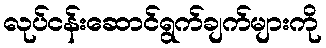
လုပ်ငန်းဆောင်ရွက်ချက်များကို